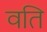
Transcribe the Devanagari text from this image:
वति